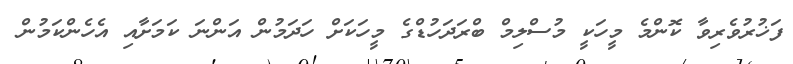
ފަޚުރުވެރިވާ ކޮންމެ މީހަކީ މުސްލިމް ބްރަދަހުޑްގެ މީހަކަށް ހަދަމުން އަންނަ ކަމަށާއި އެހެންކަމުން